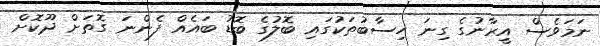
ނަމަވެސް އީރާނުގެ ގިނަ ހިސާބުތަކުގައި ބޮލުގެ ބޮޑު ބައެއް ފެންނަ ގޮތަށް ދޫކޮށް